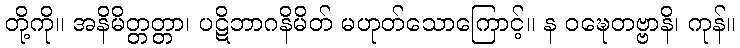
တို့ကို။ အနိမိတ္တတ္တာ၊ ပဋိဘာဂနိမိတ် မဟုတ်သောကြောင့်။ န ဝဍ္ဎေတဗ္ဗာနိ၊ ကုန်။